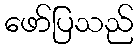
ဖော်ပြသည်